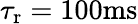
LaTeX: {\tau_{\mathrm{r}}}=100\mathrm{ms}